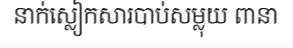
នាក់ស្លៀកសារបាប់សម្លុយ ពានា